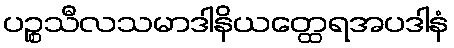
ပဉ္စသီလသမာဒါနိယတ္ထေရအပဒါနံ